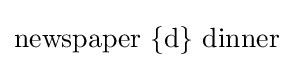
{\mbox{newspaper }}\mathbf {\{\operatorname {d} \}} {\mbox{ dinner}}